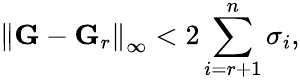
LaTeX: \left\lVert\mathbf{G}-\mathbf{G}_{r}\right\rVert_{\infty}<2\sum_{i=r+1}^{n}\sigma_{i},